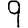
Digit: 9